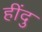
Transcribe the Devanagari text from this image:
हींदु